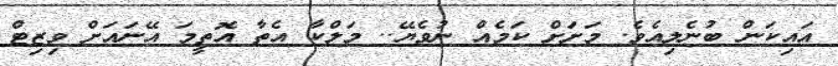
އައިކަން ބުނެލިއެވެ. މަށަށް ކަމެއް ނުވެޔޭ.. މަލްކާ އެތާ އޮތީމަ އޭނައަށް ވިޒިޓް